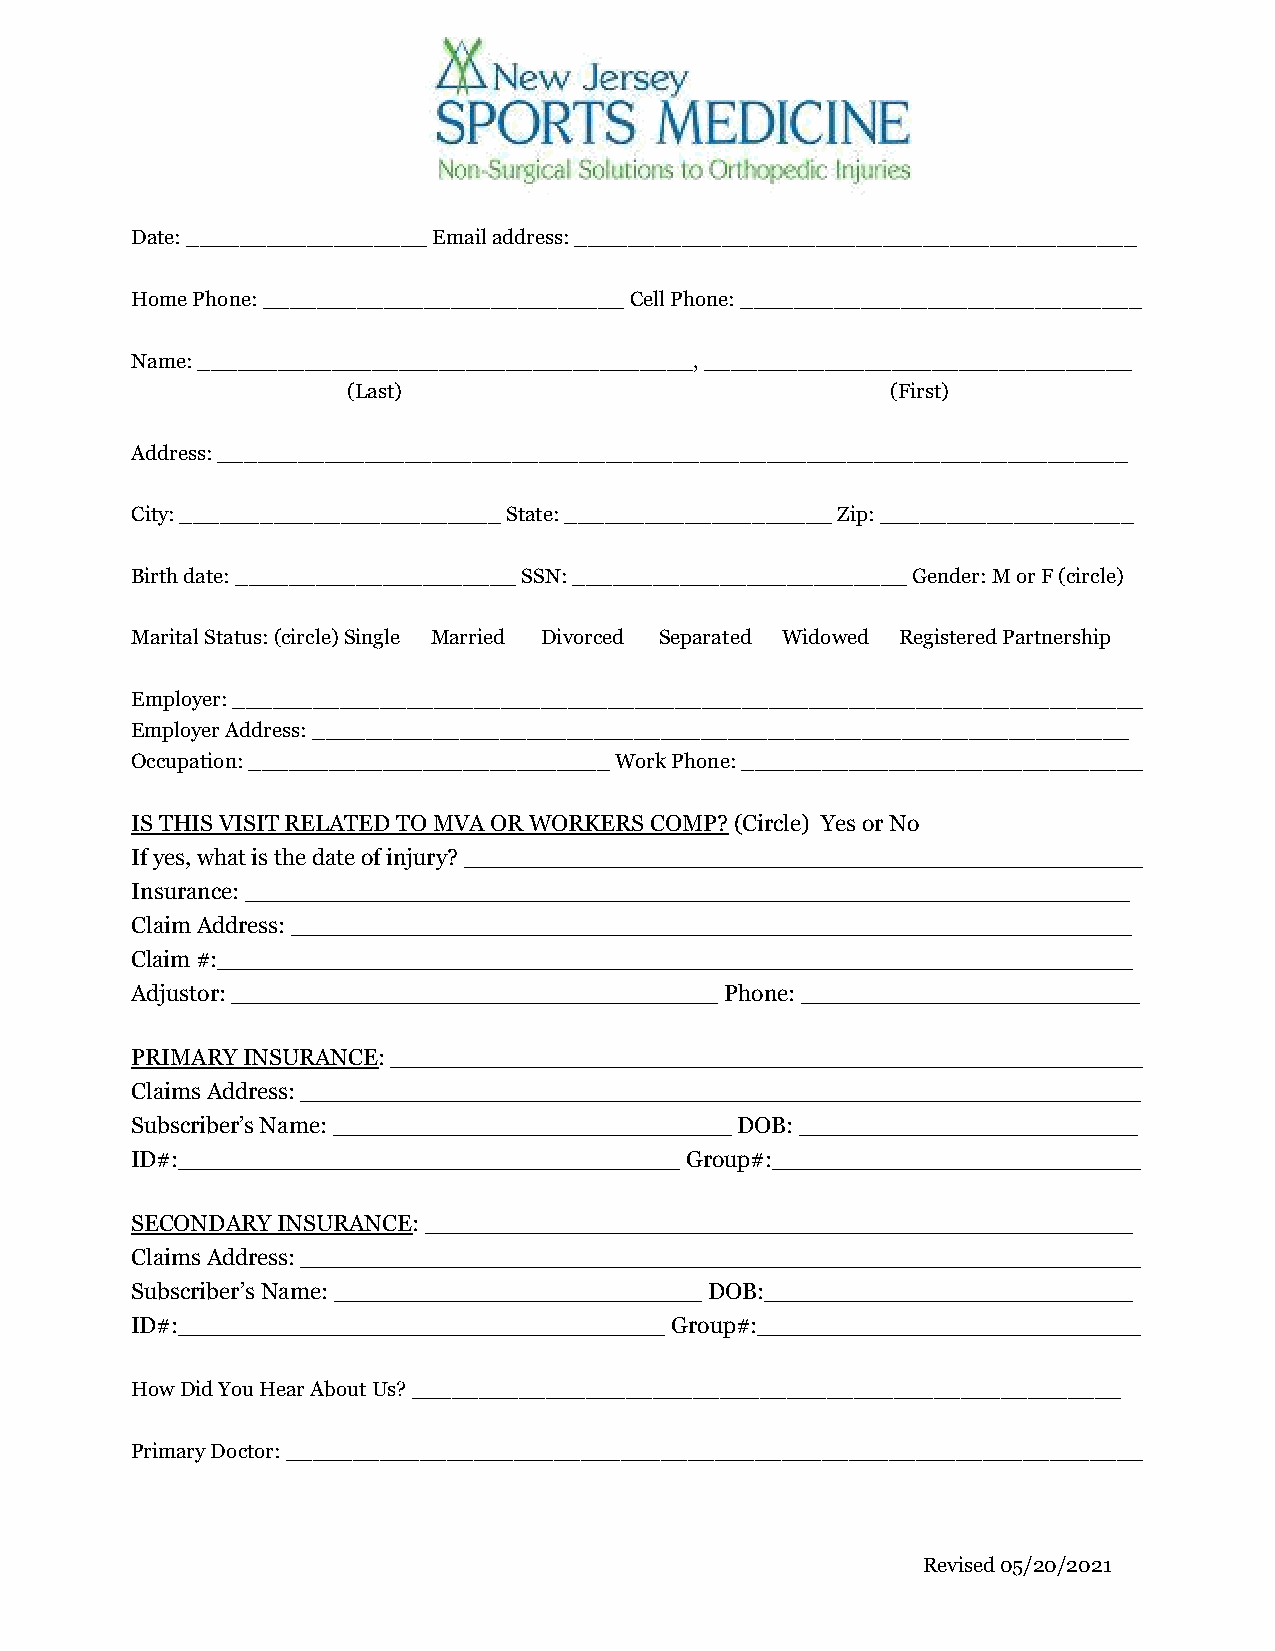
Date: __________________ Email address: __________________________________________
 Home Phone: ___________________________ Cell Phone: ______________________________
 Name: _____________________________________, ________________________________
 (Last)                              (First)
 Address: ____________________________________________________________________
 City: ________________________ State: ____________________ Zip: ___________________
 Birth date: _____________________ SSN: _________________________ Gender: M or F (circle)
 Marital Status: (circle) Single Married Divorced Separated Widowed Registered Partnership
 Employer: ____________________________________________________________________
 Employer Address: _____________________________________________________________
 Occupation: ___________________________ Work Phone: ______________________________
 IS THIS VISIT RELATED TO MVA OR WORKERS COMP? (Circle) Yes or No
 If yes, what is the date of injury? ______________________________________________
 Insurance: ____________________________________________________________
 Claim Address: _________________________________________________________
 Claim #:______________________________________________________________
 Adjustor: _________________________________ Phone: _______________________
 PRIMARY INSURANCE: ___________________________________________________
 Claims Address: _________________________________________________________
 Subscriber’s Name: ___________________________ DOB: _______________________
 ID#:__________________________________ Group#:_________________________
 SECONDARY INSURANCE: ________________________________________________
 Claims Address: _________________________________________________________
 Subscriber’s Name: _________________________ DOB:_________________________
 ID#:_________________________________ Group#:__________________________
 How Did You Hear About Us? _____________________________________________________
 Primary Doctor: ________________________________________________________________
 Revised 05/20/2021